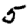
Digit: 5